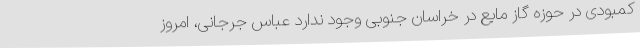
کمبودی در حوزه گاز مایع در خراسان جنوبی وجود ندارد عباس جرجانی، امروز